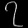
Digit: ၇